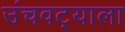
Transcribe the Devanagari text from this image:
उंचवट्याला